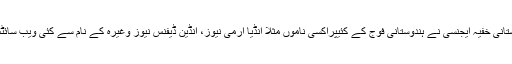
چین کی شہہ اور مدد سے پاکستانی خفیہ ایجنسی نے ہندوستانی فوج کے کئیپراکسی ناموں مثلاً انڈیا آرمی نیوز، انڈین ڈیفنس نیوز وغیرہ کے نام سے کئی ویب سائٹس اور ایپلی کیشنس لانچ کئے۔